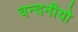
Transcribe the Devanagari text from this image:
वन्दनीयो